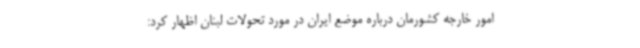
امور خارجه کشورمان درباره موضع ایران در مورد تحولات لبنان اظهار کرد: